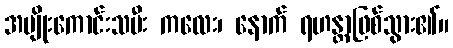
အမျိုးကောင်းသမီး ကလေး၊ နောက် ရဟန္တာဖြစ်သွား၏။